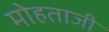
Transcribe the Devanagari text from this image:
मोहताजी